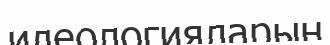
идеологияларын